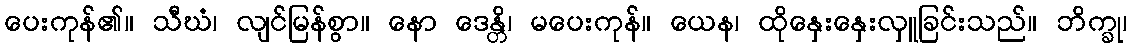
ပေးကုန်၏။ သီဃံ၊ လျင်မြန်စွာ။ နော ဒေန္တိ၊ မပေးကုန်။ ယေန၊ ထိုနှေးနှေးလှူခြင်းသည်။ ဘိက္ခု၊